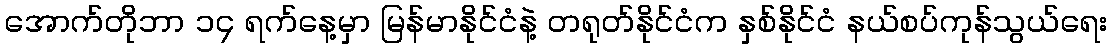
အောက်တိုဘာ ၁၄ ရက်နေ့မှာ မြန်မာနိုင်ငံနဲ့ တရုတ်နိုင်ငံက နှစ်နိုင်ငံ နယ်စပ်ကုန်သွယ်ရေး